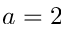
a = 2